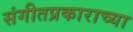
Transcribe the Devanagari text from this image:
संगीतप्रकाराच्या